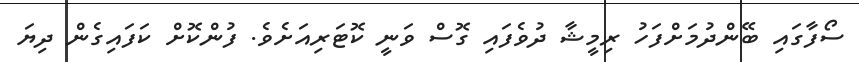
ސޯފާގައި ބޭންދުމަށްފަހު ރިމީޝާ ދުވެފައި ގޮސް ވަނީ ކޮޓަރިއަށެވެ. ފުންކޮށް ކަފައިގެން ދިޔަ